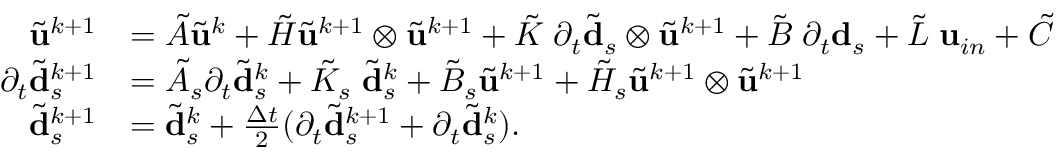
\begin{array} { r l } { \tilde { \mathbf { u } } ^ { k + 1 } } & { = \tilde { A } \tilde { \mathbf { u } } ^ { k } + \tilde { H } \tilde { \mathbf { u } } ^ { k + 1 } \otimes \tilde { \mathbf { u } } ^ { k + 1 } + \tilde { K } \; \partial _ { t } \tilde { \mathbf { d } } _ { s } \otimes \tilde { \mathbf { u } } ^ { k + 1 } + \tilde { B } \; \partial _ { t } \mathbf { d } _ { s } + \tilde { L } \; \mathbf { u } _ { i n } + \tilde { C } } \\ { \partial _ { t } \tilde { \mathbf { d } } _ { s } ^ { k + 1 } } & { = \tilde { A } _ { s } \partial _ { t } \tilde { \mathbf { d } } _ { s } ^ { k } + \tilde { K } _ { s } \; \tilde { \mathbf { d } } _ { s } ^ { k } + \tilde { B } _ { s } \tilde { \mathbf { u } } ^ { k + 1 } + \tilde { H } _ { s } \tilde { \mathbf { u } } ^ { k + 1 } \otimes \tilde { \mathbf { u } } ^ { k + 1 } } \\ { \tilde { \mathbf { d } } _ { s } ^ { k + 1 } } & { = \tilde { \mathbf { d } } _ { s } ^ { k } + \frac { \Delta t } { 2 } ( \partial _ { t } \tilde { \mathbf { d } } _ { s } ^ { k + 1 } + \partial _ { t } \tilde { \mathbf { d } } _ { s } ^ { k } ) . } \end{array}